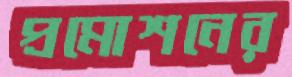
প্রমোশনের